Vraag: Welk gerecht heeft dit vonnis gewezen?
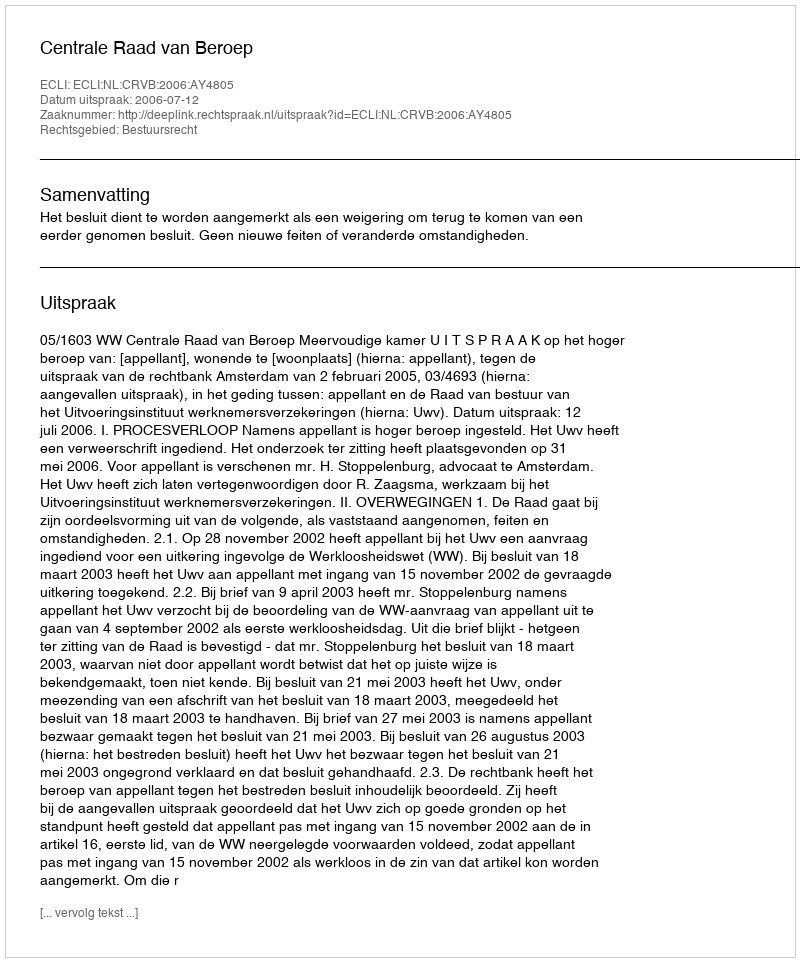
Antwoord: Centrale Raad van Beroep